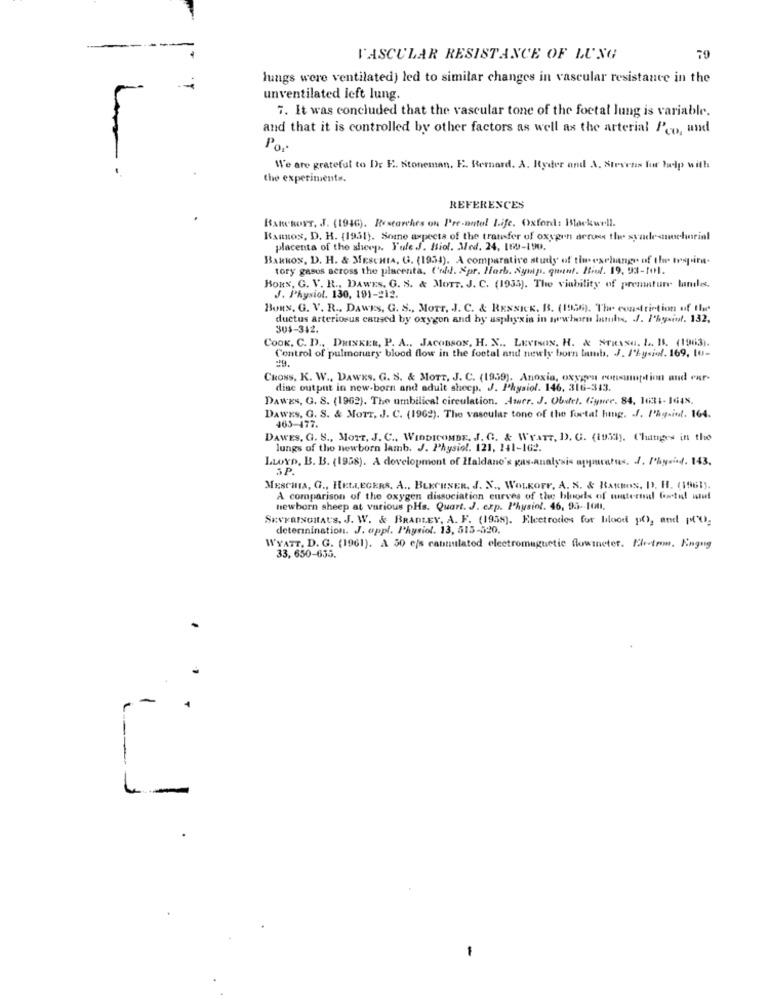
VASCULAR RESISTANCE OF LUNG
79
lungs were ventilated) led to similar changes in vascular resistance in the
unventilated left lung.
7. It was concluded that the vascular tone of the foetal lung is variable.
and that it is controlled by other factors as well as the arterial P'eo, und
We are grateful to Dr E. Stoneman. E. Bernard. A. Ryder and A. Stevens for help with
the experiment ..
REFERENCES
BaneRoys, J. (1946). Restarches on Pre-natal Life. Oxford: Blackwell.
Ramos, D. H. (1931). Some aspects of the transfer of oxygen across the syndesmuchorial
placenta of the sheep. Yule J. Biol. Med. 24. 169-190.
BARROS, D. H. & MESCHIA, G. (1939). A comparative study of tiu- exchange of the respira-
tory gases across the placenta, Cold. Spr. Forb. Symp. quant. Howl. 19, 93-101.
HORS, G. V. R ., DAWES. G. S. & MOTT. J. C. (1935). The viability of premature lamiles.
J. Physiol. 130, 191-212.
Boas. G. V. R ., DAWES, G. S ., MOTT. J. C. & RESNICK. B. (1995). The constriction of the
ductus Arteriosus caused by oxygen and by asphyxia in newhorn lands, J. I'hysiof. 132,
30$-342.
Cook, C. D ., DRINKER, P. A ., JACOBSON, H. X .. LEVISON, H. & STRASA. L. B. (1963).
Control of pulmonary blood flow in the footal and newly born tamb. J. I'%ysiol. 169, 10-
29.
CRONS, K. W ., DAWKS, G. S. & MOTT, J. C. (1959). Anoxia, oxygen comenuption and eur-
dine output in new-born and adult sheep. J. Physiol. 146. 316-313.
DAWES, G. S. (1962). The umbilical circulation. Amer. J. Obstet. Gynee. 84, 1631-1648.
DAWES, G. S. & MOTE, J. C. (1962). The vascular tone of the fortal hing. J. Pag-int. 164.
463-477.
DAWES, G. S ., MOTT, J. C ., WIDDICOMDE, J. G. & WYATT, D. G. (19.3h). Changes in the
lungs of the newborn lamb. J. Physiol. 121, 141-162.
LLOYD, B. B. (1958). A development of Haldane's pas-analysis apparatus. J. Physind. 143.
SP.
MESCHIA, G ., HELLEGERS, A ., BLECHNER. J. N ., WOLKOFF, A. S. & BARROS, D. H. (1961).
A comparison of the oxygen dissociation curves of the bloods of wintermal Cowtel nut
newborn sheep at various pHs. Quart. J. exp. Physiol. 46, 95 -- 1001.
SEXKRINGHAU'S, J. W. & BRADLEY, A. F. (1958). Electrodos for blood po), and pCO,
deterinination. J. oppl. Physiol. 13, 515-520.
WYATT. D. G. (1961). A 50 e/s canaulated electromagnetic flowmeter. Elotrom. Magng
33, 650-655.
-
L